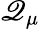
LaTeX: \mathscr{Q}_{\mu}